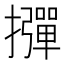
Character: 𱡊